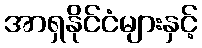
အာရှနိုင်ငံများနှင့်